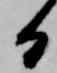
日